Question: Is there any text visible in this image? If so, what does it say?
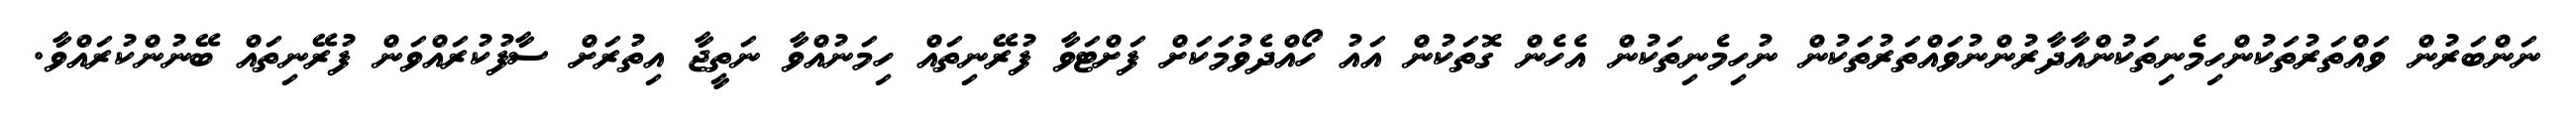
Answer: ނަންބަރުން ވައްތަރުތަކުންހިމެނިތަކުންއާދާރުންނުވައްތަރުތަކުން ނުހިމެނިތަކުން އެހެން ގޮތަކުން އައު ހޯއްދެވުމަކަށް ފަށްޓަވާ ފުރޭނިތައް ހިމަނުއްވާ ނަތީޖާ އިތުރަށް ސާފުކުރައްވަން ފުރޭނިތައް ބޭނުންކުރައްވާ.